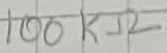
Text: 100KΩ